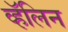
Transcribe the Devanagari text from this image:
व्हॅलिन